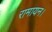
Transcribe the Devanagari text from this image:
रामायन।